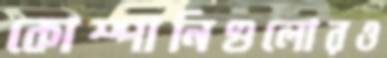
কোম্পানিগুলোরও